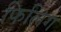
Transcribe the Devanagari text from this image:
फिलिग